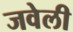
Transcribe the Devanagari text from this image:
जवेली